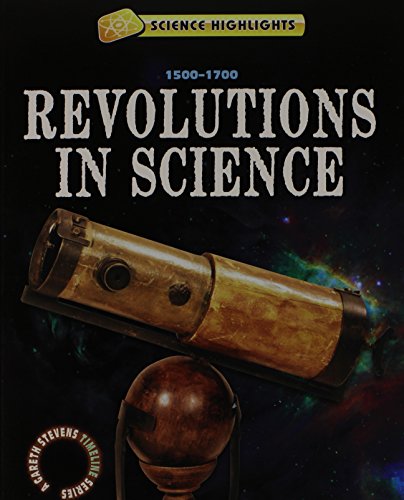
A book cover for Revolutions in Science (1500 - 1700) (Science Highlights: a Gareth Stevens Timeline Series); Charlie Samuels; Children's Books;